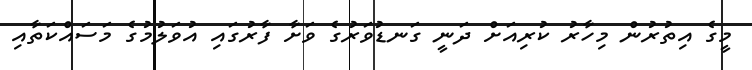
މީގެ އިތުރުން މިހާރު ކުރިއަށް ދަނީ ގަނޑުވަރުގެ ވަށާ ފާރުގައި އުވަލުމުގެ މަސައްކަތާއި